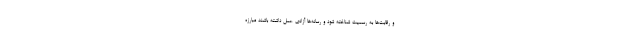
و رقابت‌ها به رسمیت شناخته شود و رسانه‌ها آزادی عمل داشته باشند مبارزه